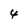
Character: 4